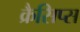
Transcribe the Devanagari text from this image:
क्रैसिप्स